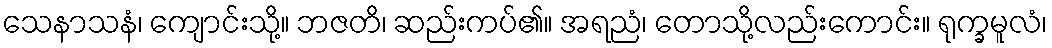
သေနာသနံ၊ ကျောင်းသို့။ ဘဇတိ၊ ဆည်းကပ်၏။ အရညံ၊ တောသို့လည်းကောင်း။ ရုက္ခမူလံ၊